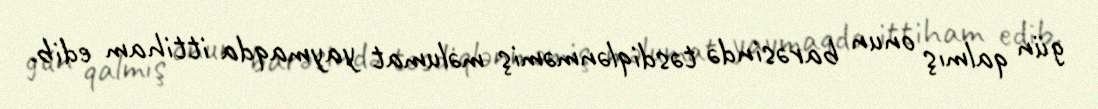
gün qalmış onun barəsində təsdiqlənməmiş məlumat yaymaqda ittiham edib.